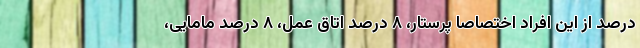
درصد از این افراد اختصاصاً پرستار، ۸ درصد اتاق عمل، ۸ درصد مامایی،